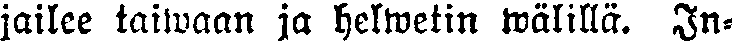
jailee taiwaan ja helwetin wälillä. In-